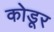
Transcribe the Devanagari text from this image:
कोडूर